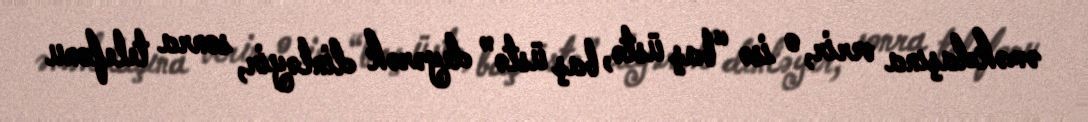
əməkdaşına verir, o isə “baş üstə, baş üstə” deyərək dinləyir, sonra telefonu